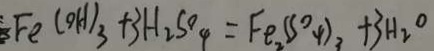
F e ( O H ) _ { 3 } + 3 H _ { 2 } S O _ { 4 } = F e _ { 2 } ( S ^ { \circ } 4 ) _ { 3 } + 3 H _ { 2 } O